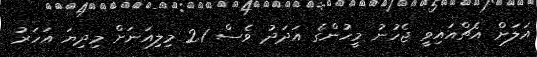
އަލަށް އެޗްއައިވީ ޖެހުނު މީހުންގެ އަދަދު ވެސް 2.1 މިލިއަނަށް މިދިޔަ އަހަރު